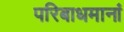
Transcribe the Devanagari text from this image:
परिबाधमानां